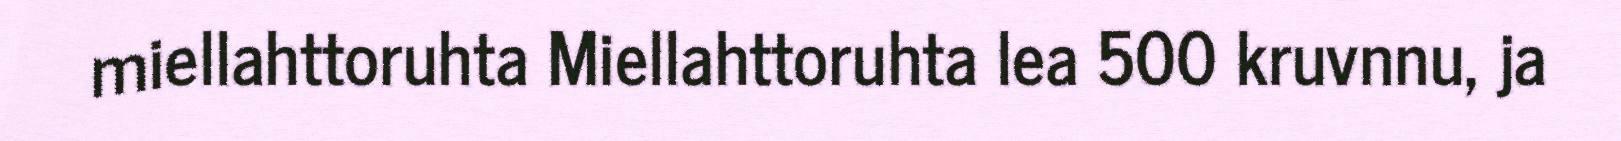
miellahttoruhta Miellahttoruhta lea 500 kruvnnu, ja